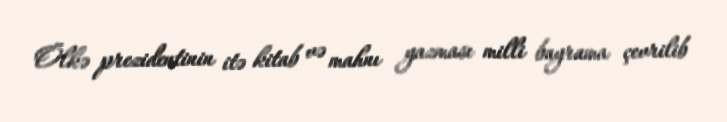
Ölkə prezidentinin itə kitab və mahnı yazması milli bayrama çevrilib